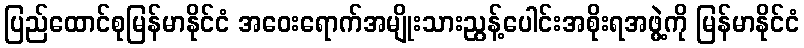
ပြည်ထောင်စုမြန်မာနိုင်ငံ အဝေးရောက်အမျိုးသားညွန့်ပေါင်းအစိုးရအဖွဲ့ကို မြန်မာနိုင်ငံ